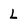
Character: L